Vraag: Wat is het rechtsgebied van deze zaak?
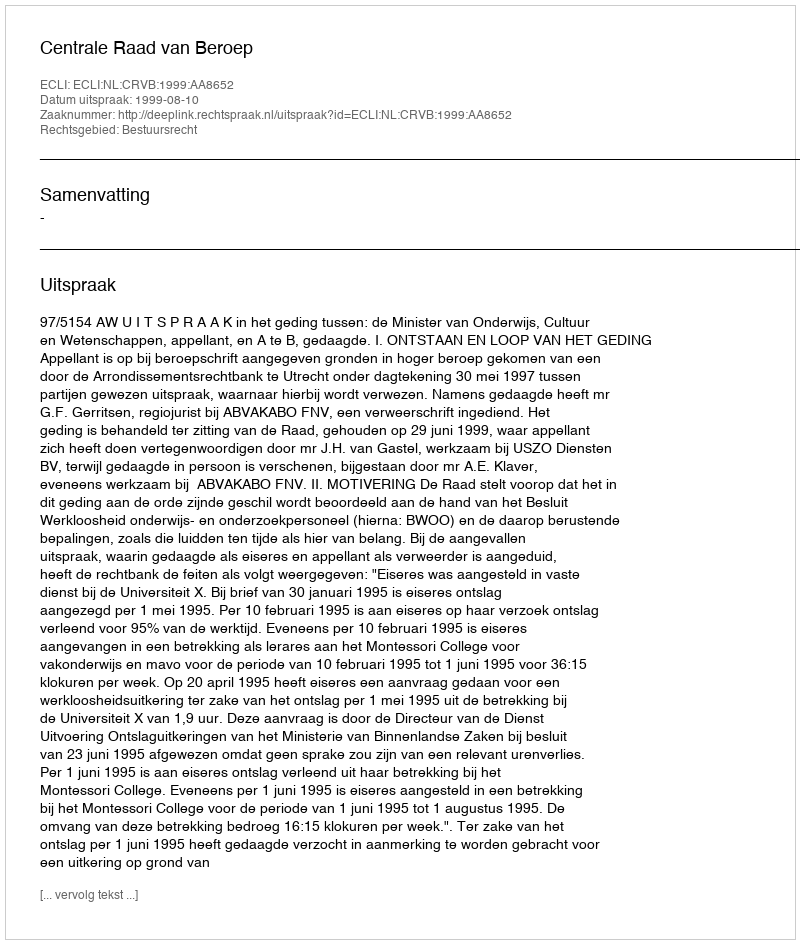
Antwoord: Bestuursrecht